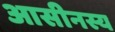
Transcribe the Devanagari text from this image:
आसीनस्य